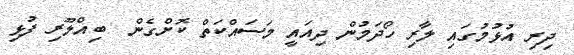
ދިރި އުޅުމުގައި ލާރި ހޯދަމުން ދިއައީ މަސައްކަތް ކޮށްގެން  ބިއްލޫރި ފުޅި